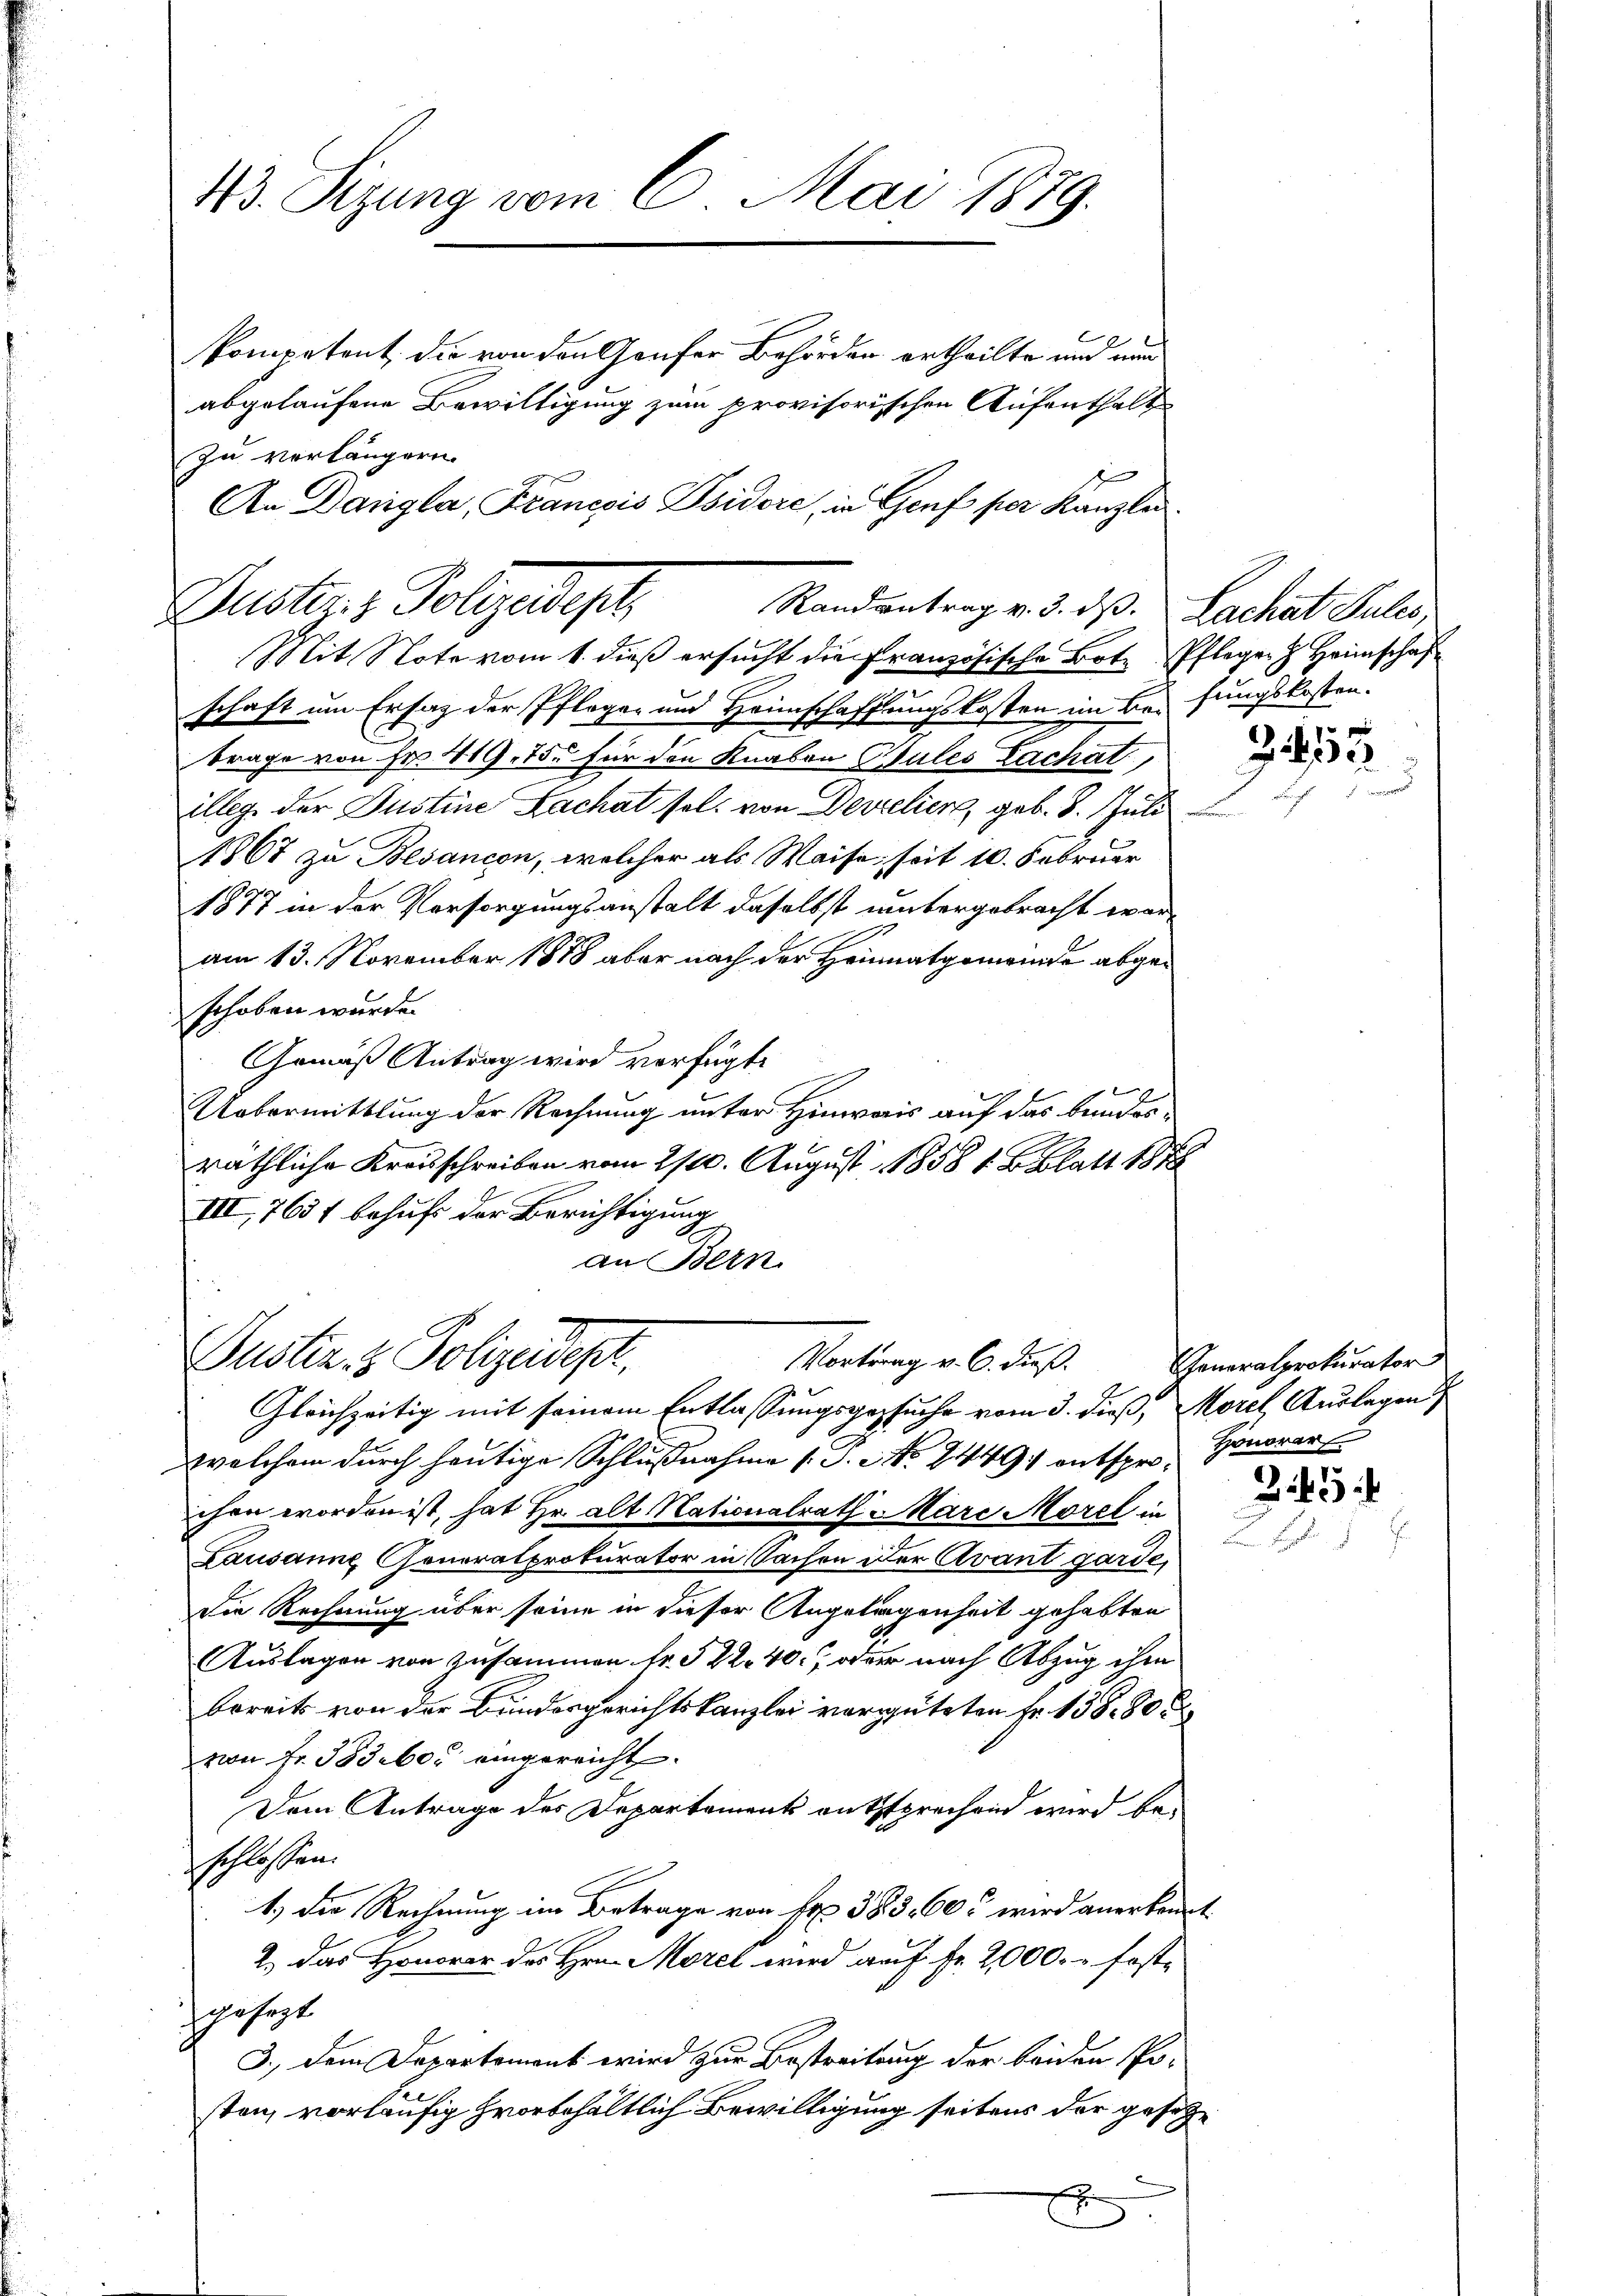
113. Sizung vom 6. Mai 1879.

kompetent, die von den Genfer Behörden ertheilte und nun
abgelaufene Bewilligung zum provisorischen Aufenthalt
zu verlängern.
An Dangla, Franesis Isidore, in Genf per Kanzle

Guster & Polizeidept
Randantrag v. 3. ds. Lachat Julis,
Mit Note vom 1. dieß ersucht die Französische Bote Pfleger Heimschaf

Puster & Polizeides,
Vortrag v. 6. dieß.

schaft um Ersatz der Pfleger und Heimschaffungskosten im bei fungskosten.
brage von Fr. 419. 15. für den Knaben Cules Zachat,
illeg der Justine Lachat sel. von Develier, geb. 8. Juli
1867 zu Besancon, welcher als Waise, seit 10. Februar
1877 in der Vorsorgungsanstalt daselbst untergebracht woram 13. November 1878 aber nach der Heimatgemeinde abgeschoben wurde.
Gemäß Antrag wird verfügt:
Uebermittlung der Rechnung unter Hinweis auf das bundesräthliche Kreisschreiben vom 2/20. August 1858 v. Blatt 1888
III,7651 behuf der Berichtigung
an Bern

Gleichzeitig mit seinem Entlassungsgesuche vom 3. dieß, Morel, Auslagen
welchem durch heutige Schlußnahme (T. No. 24491 entspro Honorar
chen worden ist, hat Hr. alt Nationalrath Mare Morel in
Lausanne Generalprokurator in Sachen der Avant garde,
Die Rechnung über seine in dieser Angelegenheit gehabten
Auslagen von Zusammen fr. 522 40. oder nach Abzug ihm
bereits von der Bundesgerichtskanzlei vergüteten Fr. 138. 80
von Fr. 383 bei eingereicht.
Dem Antrage des Departement entsprechen wird beschlossen.
1.) Die Rechnung im Betrage von Fr. 383. 605 wird anerkannt
2.) Das Honorar des Hrn. Morel wird auf Fr. 2,000. u festgesagt
3.) Dem Departemont wird zur Bestreitung der beiden Pro-
sten, vorläufig vorbehältlich Bewilligung seitens der gesetzx

Z 113

Generalprokurator

Z. 45